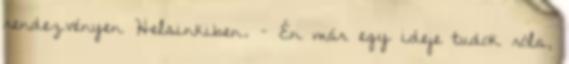
rendezvényen Helsinkiben. – Én már egy ideje tudok róla,